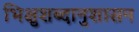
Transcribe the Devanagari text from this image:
भिक्षुशब्दानुशासन